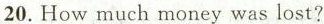
20.How much money was lost?